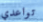
تواعدي